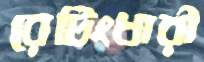
রেটিংধারী